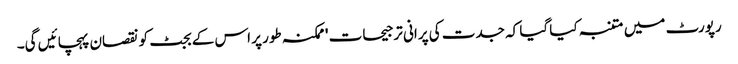
رپورٹ میں متنبہ کیا گیا کہ جدت کی پرانی ترجیحات 'ممکنہ طور پر اس کے بجٹ کو نقصان پہچائیں گی۔